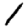
Digit: 1